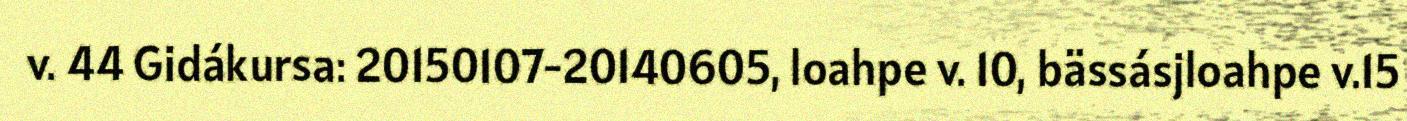
v. 44 Gidákursa: 20150107-20140605, loahpe v. 10, bässásjloahpe v.15